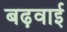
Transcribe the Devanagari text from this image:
बढ़वाई